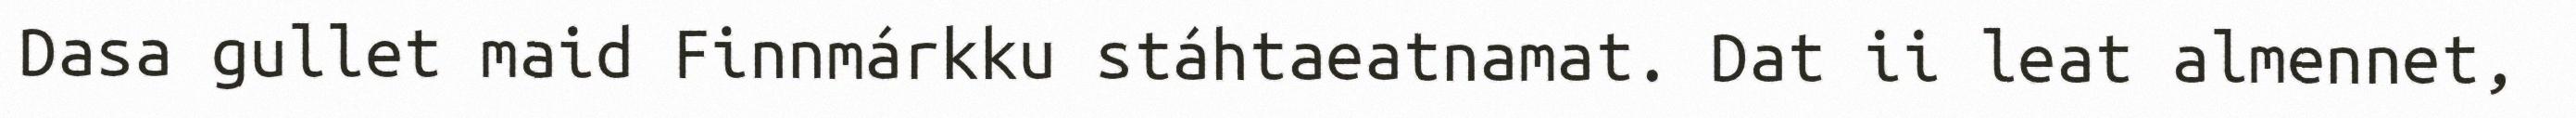
Dasa gullet maid Finnmárkku stáhtaeatnamat. Dat ii leat almennet,